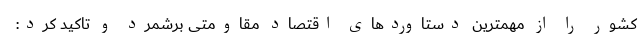
کشور را از مهمترین دستاوردهای اقتصاد مقاومتی برشمرد و تاکید کرد: